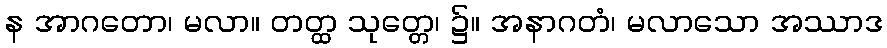
န အာဂတော၊ မလာ။ တတ္ထ သုတ္တေ၊ ၌။ အနာဂတံ၊ မလာသော အဿာဒ